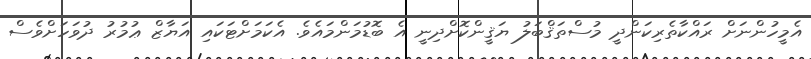
އެމީހުންނަށް ރައްކާތެރިކަންދީ މުސްތަޤްބަލު ޔަޤީންކޮށްދިނީ އެ ބޮޑުމަންމައެވެ. އެކަމަށްޓަކައި އަޔާޒް ޢުމުރު ދުވަހަށްވެސް